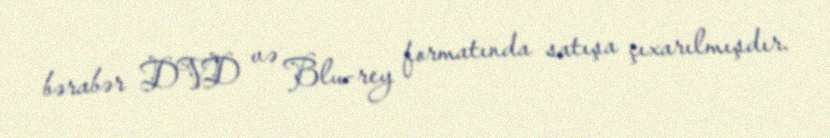
bərabər DVD və Blu-rey formatında satışa çıxarılmışdır.